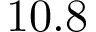
1 0 . 8